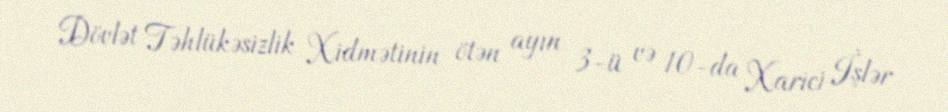
Dövlət Təhlükəsizlik Xidmətinin ötən ayın 3-ü və 10-da Xarici İşlər